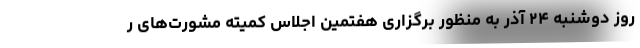
روز دوشنبه ۲۴ آذر به منظور برگزاری هفتمین اجلاس کمیته مشورت‌های ر